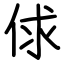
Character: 俅